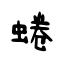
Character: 蜷